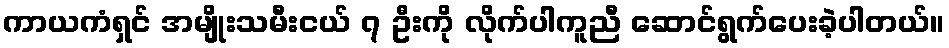
ကာယကံရှင် အမျိုးသမီးငယ် ၇ ဦးကို လိုက်ပါကူညီ ဆောင်ရွက်ပေးခဲ့ပါတယ်။